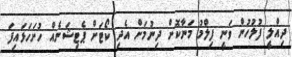
ދިއްލީ ފުލުހުން ވަނީ ފިލްމު މަނާކޮށް ދިނުމަށް އެދި ކޯޓަށް ޕެެޓިޝަނެއް ހުށަހަޅައިފަ